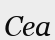
Сеа